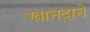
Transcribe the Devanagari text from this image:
खानदाने